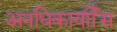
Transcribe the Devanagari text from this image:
अनधिकार्याीस